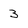
Character: 3